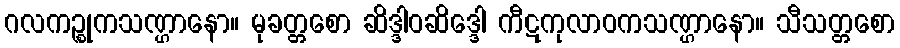
ဂလကဉ္စုကသဏ္ဌာနော။ မုခတ္တစော ဆိဒ္ဒါဝဆိဒ္ဒေါ ကီဋကုလာဝကသဏ္ဌာနော။ သီသတ္တစော